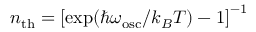
n _ { \mathrm { t h } } = \left[ \exp ( \hbar \omega _ { \mathrm { o s c } } / k _ { B } T ) - 1 \right] ^ { - 1 }